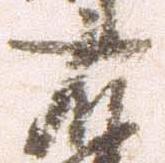
右